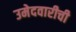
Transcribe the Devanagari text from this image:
उमेदवारीची